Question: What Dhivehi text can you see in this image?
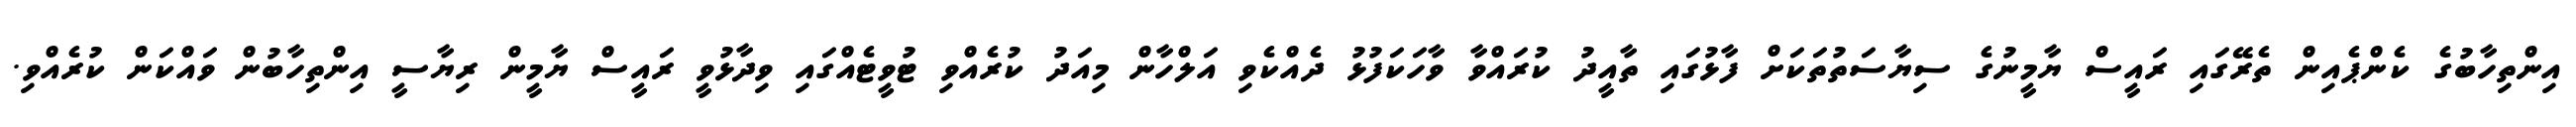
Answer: އިންތިހާބުގެ ކެންޕެއިން ތެރޭގައި ރައީސް ޔާމީނުގެ ސިޔާސަތުތަކަށް ފާޅުގައި ތާއީދު ކުރައްވާ ވާހަކަފުޅު ދެއްކެވި އަލްހާން މިއަދު ކުރެއްވި ޓުވީޓެއްގައި ވިދާޅުވީ ރައީސް ޔާމީން ރިޔާސީ އިންތިހާބުން ވައްކަން ކުރެއްވި.